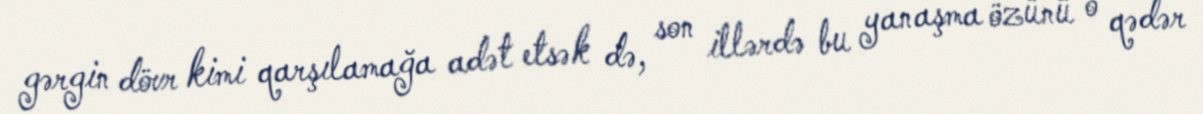
gərgin dövr kimi qarşılamağa adət etsək də, son illərdə bu yanaşma özünü o qədər